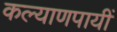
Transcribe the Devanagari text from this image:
कल्याणपायीं